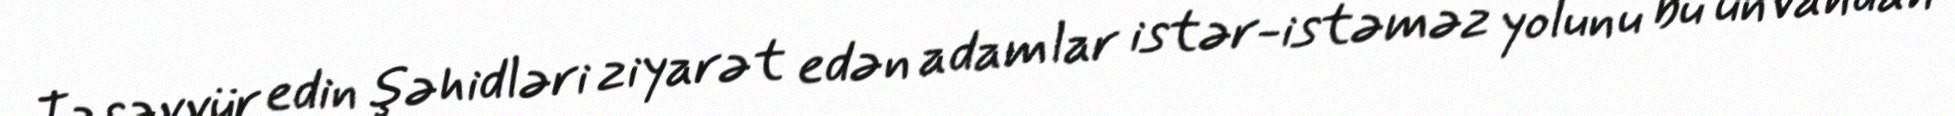
Təsəvvür edin şəhidləri ziyarət edən adamlar istər-istəməz yolunu bu ünvandan